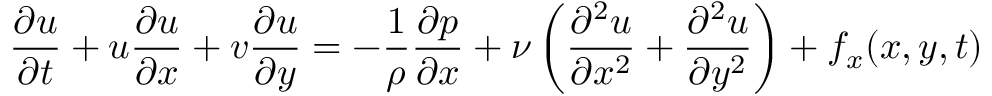
{ \frac { \partial u } { \partial t } } + u { \frac { \partial u } { \partial x } } + v { \frac { \partial u } { \partial y } } = - { \frac { 1 } { \rho } } { \frac { \partial p } { \partial x } } + \nu \left( { \frac { \partial ^ { 2 } u } { \partial x ^ { 2 } } } + { \frac { \partial ^ { 2 } u } { \partial y ^ { 2 } } } \right) + f _ { x } ( x , y , t )